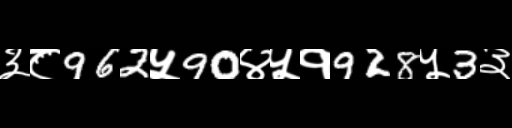
Text: ३८962५90४५१928५3३